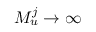
M _ { u } ^ { j } \rightarrow \infty